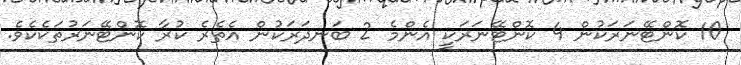
10 ކޮންޓޭނަރަކުން 4 ކޮންޓޭނަރަކީ އެންމެ 2 ބަނދަރަކުން އެތެރެ ކުރާ ކޮންޓޭނަރުތަކެކެވެ.